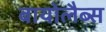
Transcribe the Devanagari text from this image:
बायोलैब्स